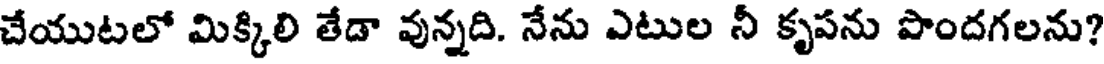
చేయుటలో మిక్కిలి తేడా వున్నది. నేను ఎటుల నీ కృపను పొందగలను?